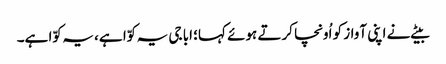
بیٹے نے اپنی آواز کو اُونچا کرتے ہوئے کہا؛ ابا جی یہ کوّا ہے، یہ کوّا ہے۔